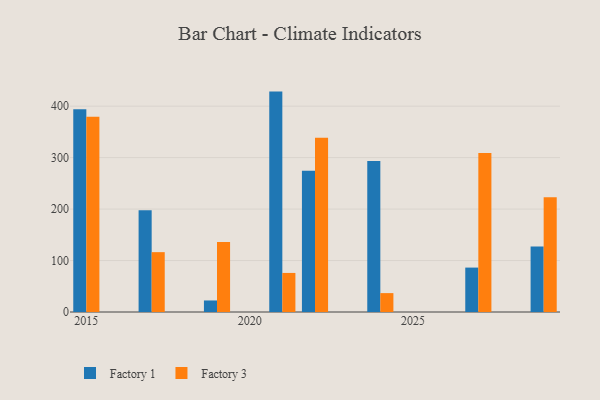
{"axis": {"x": "Year", "y": "Page Views"}, "legend": ["Factory 1", "Factory 3"], "data": [{"x": "2022", "y": 274.4, "type": "Factory 1"}, {"x": "2022", "y": 338.6, "type": "Factory 3"}, {"x": "2019", "y": 22.4, "type": "Factory 1"}, {"x": "2019", "y": 136.0, "type": "Factory 3"}, {"x": "2015", "y": 393.9, "type": "Factory 1"}, {"x": "2015", "y": 379.4, "type": "Factory 3"}, {"x": "2021", "y": 428.3, "type": "Factory 1"}, {"x": "2021", "y": 75.9, "type": "Factory 3"}, {"x": "2017", "y": 197.5, "type": "Factory 1"}, {"x": "2017", "y": 116.3, "type": "Factory 3"}, {"x": "2027", "y": 86.3, "type": "Factory 1"}, {"x": "2027", "y": 309.1, "type": "Factory 3"}, {"x": "2029", "y": 127.2, "type": "Factory 1"}, {"x": "2029", "y": 223.2, "type": "Factory 3"}, {"x": "2024", "y": 293.5, "type": "Factory 1"}, {"x": "2024", "y": 36.7, "type": "Factory 3"}]}